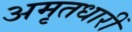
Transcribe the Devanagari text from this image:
अमृतधारीं